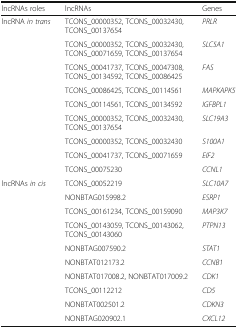
| lncRNAs roles | lncRNAs | Genes |
 | --- | --- | --- |
 | <ROWSPAN=9> lncRNA in trans | TCONS_00000352, TCONS_00032430, TCONS_00137654 | PRLR |
 | TCONS_00000352, TCONS_00032430, TCONS_00071659, TCONS_00137654 | SLC5A1 |
 | TCONS_00041737, TCONS_00047308, TCONS_00134592, TCONS_00086425 | FAS |
 | TCONS_00086425, TCONS_00114561 | MAPKAPK5 |
 | TCONS_00114561, TCONS_00134592 | IGFBPL1 |
 | TCONS_00000352, TCONS_00032430, TCONS_00137654 | SLC19A3 |
 | TCONS_00000352, TCONS_00032430 | S100A1 |
 | TCONS_00041737, TCONS_00071659 | EIF2 |
 | TCONS_00075230 | CCNL1 |
 | <ROWSPAN=10> lncRNAs in cis | TCONS_00052219 | SLC10A7 |
 | NONBTAG015998.2 | ESRP1 |
 | TCONS_00161234, TCONS_00159090 | MAP3K7 |
 | TCONS_00143059, TCONS_00143062, TCONS_00143060 | PTPN13 |
 | NONBTAG007590.2 | STAT1 |
 | NONBTAT012173.2 | CCNB1 |
 | NONBTAT017008.2, NONBTAT017009.2 | CDK1 |
 | TCONS_00112212 | CD5 |
 | NONBTAT002501.2 | CDKN3 |
 | NONBTAG020902.1 | CXCL12 |